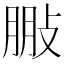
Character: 𢽩